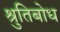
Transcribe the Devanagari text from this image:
श्रुतिबोध